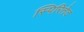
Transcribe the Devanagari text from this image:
स्पिरितेद